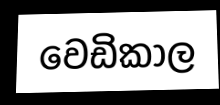
වෙඩිකාල